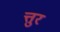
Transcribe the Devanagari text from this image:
त्तुर